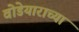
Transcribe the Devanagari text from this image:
वोडेयाराच्या